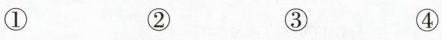
① ② ③ ④